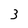
Character: 3